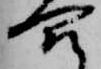
合